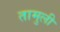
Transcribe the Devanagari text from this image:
तामुली